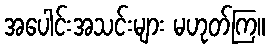
အပေါင်းအသင်းများ မဟုတ်ကြ။